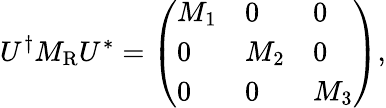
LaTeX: U^{\dagger}M_{\mathrm{R}}U^{*}=\left(\begin{array}{lll}{{M_{1}}}&{{0}}&{{0}}\\ {{0}}&{{M_{2}}}&{{0}}\\ {{0}}&{{0}}&{{M_{3}}}\end{array}\right),